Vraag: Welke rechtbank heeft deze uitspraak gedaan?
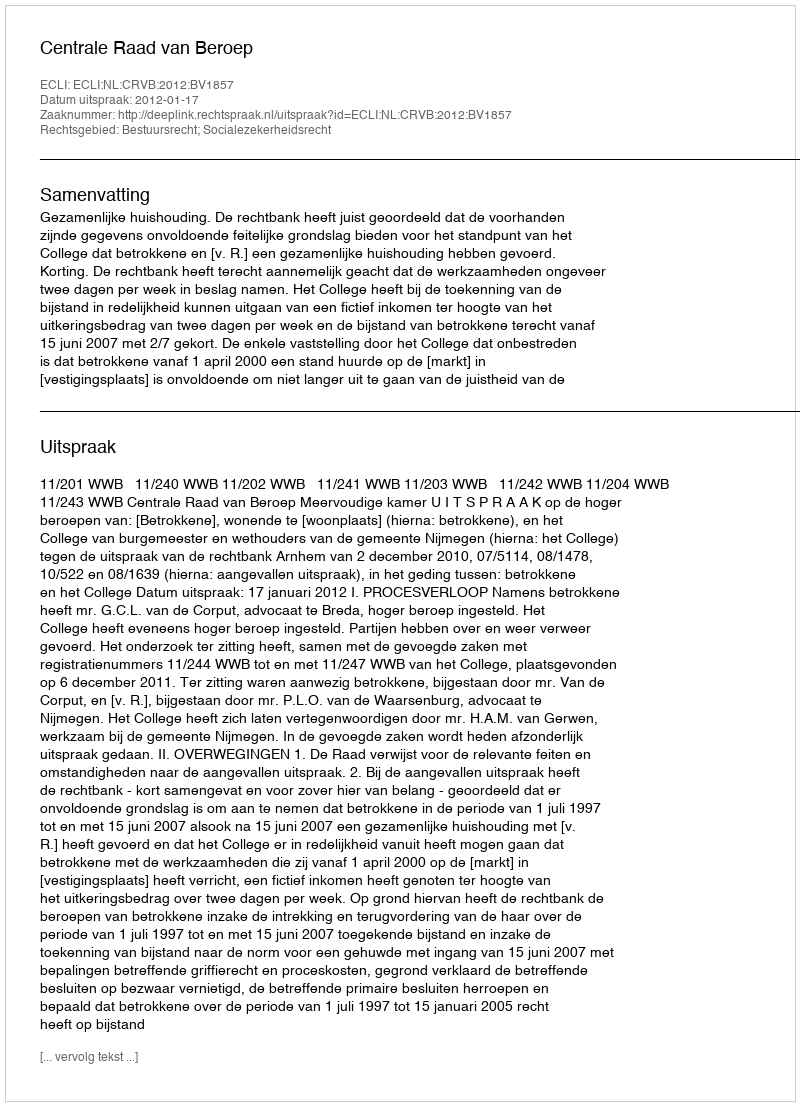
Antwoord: Centrale Raad van Beroep